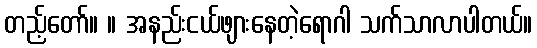
တည့်တော်။ ။ အနည်းငယ်ဖျားနေတဲ့ရောဂါ သက်သာလာပါတယ်။